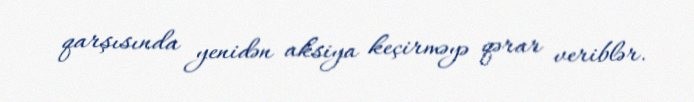
qarşısında yenidən aksiya keçirməyə qərar veriblər.